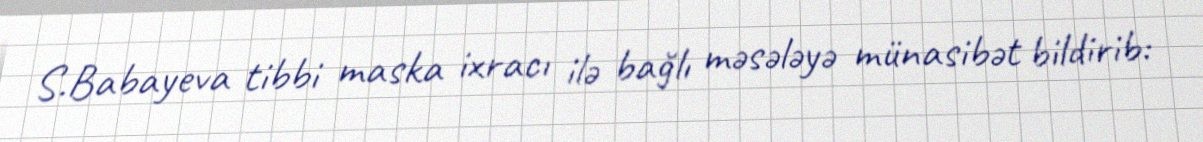
S.Babayeva tibbi maska ixracı ilə bağlı məsələyə münasibət bildirib: